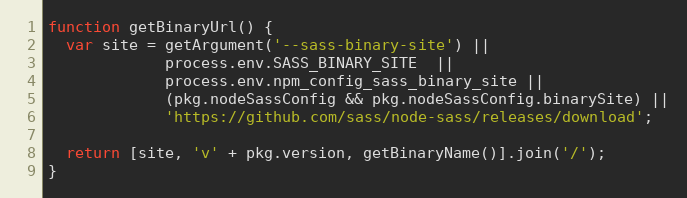
Language: JavaScript
function getBinaryUrl() {
  var site = getArgument('--sass-binary-site') ||
             process.env.SASS_BINARY_SITE  ||
             process.env.npm_config_sass_binary_site ||
             (pkg.nodeSassConfig && pkg.nodeSassConfig.binarySite) ||
             'https://github.com/sass/node-sass/releases/download';

  return [site, 'v' + pkg.version, getBinaryName()].join('/');
}